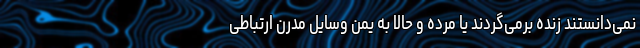
نمی‌دانستند زنده برمی‌گردند یا مرده و حالا به یُمن وسایل مدرن ارتباطی